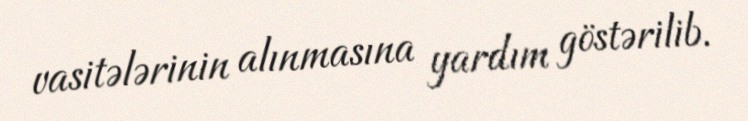
vasitələrinin alınmasına yardım göstərilib.